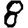
Digit: 8